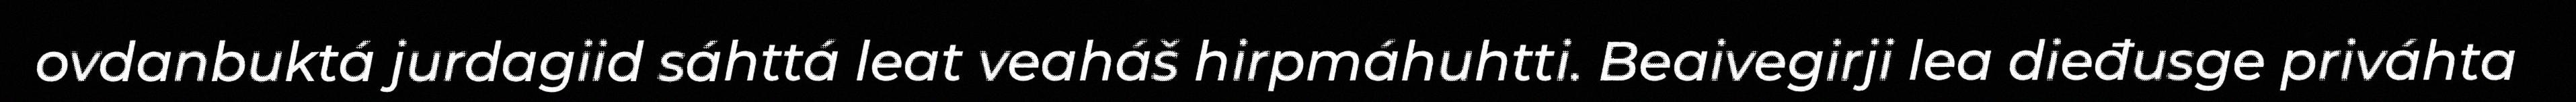
ovdanbuktá jurdagiid sáhttá leat veaháš hirpmáhuhtti. Beaivegirji lea dieđusge priváhta